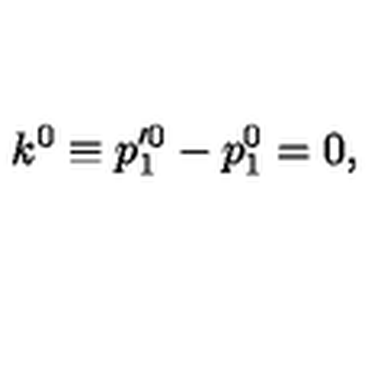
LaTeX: k ^ { 0 } \equiv p _ { 1 } ^ { \prime 0 } - p _ { 1 } ^ { 0 } = 0 ,